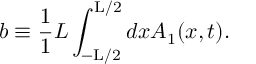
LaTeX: b \equiv \frac { 1 } { 1 } { L } \int _ { - \mathrm { L } / 2 } ^ { \mathrm { L } / 2 } d x A _ { 1 } ( x , t ) .